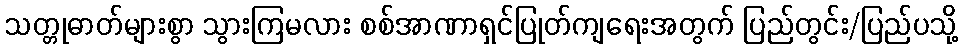
သတ္တုဓာတ်များစွာ သွားကြမလား စစ်အာဏာရှင်ပြုတ်ကျရေးအတွက် ပြည်တွင်း/ပြည်ပသို့